Lunatic asylums United Prov. 1922-30 - 1922-1930
Year: 1922
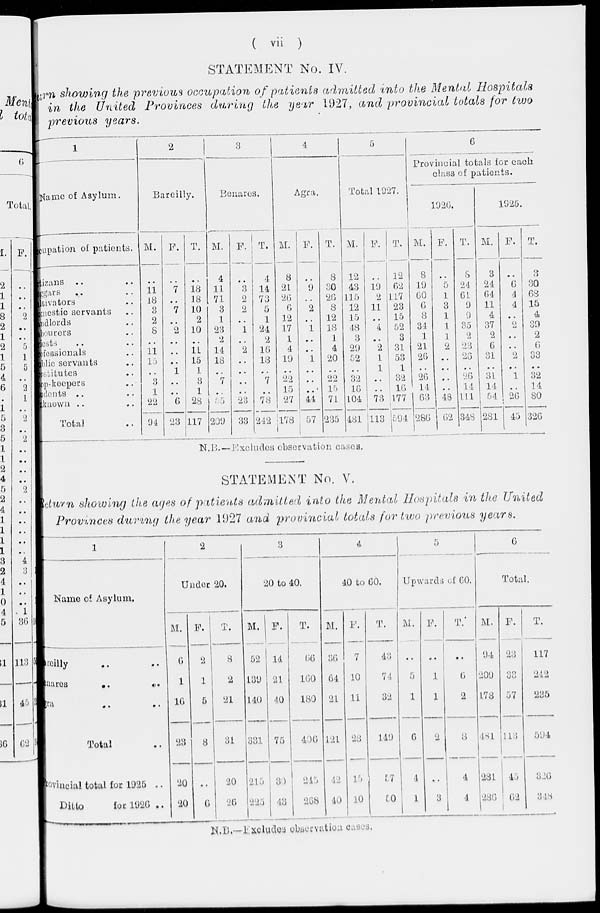
( vii )
STATEMENT No. IV.
Return showing the previous occupation of patients admitted into the Mental Hospitals
in the United Provinces during the year 1927, and provincial totals for two
previous
years.
1
Name of Asylum.
occupation of patients.
citizans .. ..
beggars .. ..
cultivators ..
domestic servants ..
landlords ..
injurers ..
priests ..
professionals ..
public servants ..
constitutes ..
shop-keepers ..
students .. ..
unknown .. ..
Total ..
2
Bareilly.
M.
..
11
18
3
2
8
..
11
15
..
3
1
22
94
F.
..
7
..
7
..
2
..
..
..
1
..
..
6
23
T.
..
18
18
10
2
10
..
11
15
1
3
1
28
117
3
Benares.
M.
4
11
71
3
1
23
2
14
18
..
7
..
55
209
F.
..
3
2
2
..
1
..
2
..
..
..
..
23
33
T.
4
14
73
5
1
24
2
16
18
..
7
..
78
242
4
Agra.
M.
8
21
26
6
12
17
1
4
19
..
22
15
27
178
F.
..
9
..
2
..
1
..
..
1
..
..
..
44
57
T.
8
30
26
8
12
18
1
4
20
..
22
15
71
235
5
Total 1927.
M.
12
43
115
12
15
48
3
29
52
..
32
16
104
481
F.
..
19
2
11
..
4
..
2
1
1
..
..
73
113
T.
12
62
117
23
15
52
3
31
53
1
32
16
177
594
6
Provincial totals for each
class of patients.
1926.
M.
8
19
60
6
8
34
1
21
26
..
26
14
63
286
F.
..
5
1
3
1
1
1
2
..
..
..
..
48
62
T.
8
24
61
9
9
35
2
23
26
..
26
14
111
348
1925.
M.
3
24
64
11
4
37
2
6
31
..
31
14
54
281
F.
..
6
4
4
..
2
..
..
2
..
1
..
26
45
T.
3
30
68
15
4
39
2
6
33
..
32
14
80
326
N.B. — Excludes observation cases.
STATEMENT No. V.
Return showing the ages of patients admitted into the Mental Hospitals in the United
Provinces during the year 1927 and provincial totals for two previous years.
1
Name of Asylum.
Bareilly .. ..
Benares .. ..
Agra .. ..
Total ..
Provincial total for 1925 ..
Ditto
for 1926 ..
2
Under 20.
M.
6
1
16
23
20
20
F.
2
1
5
8
..
6
T.
8
2
21
31
20
26
3
20 to 40.
M.
52
139
140
331
215
225
F.
14
21
40
75
30
43
T.
66
160
180
406
245
268
4
40 to 60.
M.
36
64
21
121
42
40
F.
7
10
11
28
15
10
T.
43
74
32
149
57
50
5
Upwards of 60.
M.
..
5
1
6
4
1
F.
..
1
1
2
. .
3
T.
..
6
2
8
4
4
6
Total.
M.
94
209
178
481
281
286
F.
23
33
57
113
45
62
T.
117
242
235
594
316
348
N.B.—Excludes observation cases.